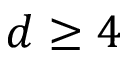
d \ge 4